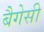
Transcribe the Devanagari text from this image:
बैगेसी